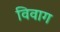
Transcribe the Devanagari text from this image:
विवाग